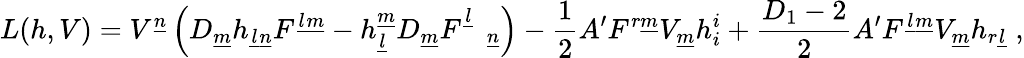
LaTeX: L(h,V)=V^{\underline{{n}}}\left(D_{\underline{{m}}}h_{\underline{{l}}\underline{{n}}}F^{\underline{{l}}\underline{{m}}}-h_{\underline{{l}}}^{\underline{{m}}}D_{\underline{{m}}}F_{\quad\underline{{n}}}^{\underline{{l}}}\right)-\frac{1}{2}A^{\prime}F^{r\underline{{m}}}V_{\underline{{m}}}h_{i}^{i}+\frac{D_{1}-2}{2}A^{\prime}F^{\underline{{l}}\underline{{m}}}V_{\underline{{m}}}h_{r\underline{{l}}}~,